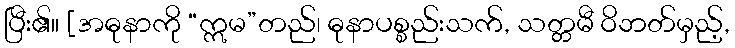
ပြီး၏။ [အဓုနာကို “ဣမ”တည်၊ ဓုနာပစ္စည်းသက်, သတ္တမီ ဝိဘတ်မှည့်,